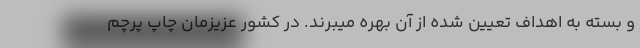
و بسته به اهداف تعیین شده از آن بهره میبرند. در کشور عزیزمان چاپ پرچم